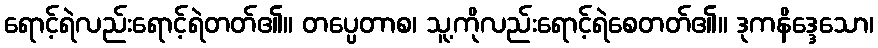
ရောင့်ရဲလည်းရောင့်ရဲတတ်၏။ တပ္ပေတာစ၊ သူ့ကိုလည်းရောင့်ရဲစေတတ်၏။ ဒုကနိဒ္ဒေသော၊